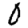
Digit: 0